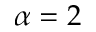
\alpha = 2